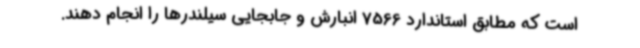
است که مطابق استاندارد 7566 انبارش و جابجایی سیلندرها را انجام دهند.